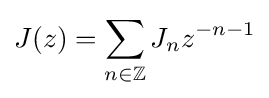
J(z)=\sum _{n\in \mathbb {Z} }J_{n}z^{-n-1}